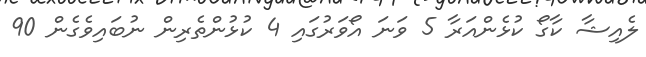
ލެއިޝާ ކާގޯ ކުޅެންއަރާ 5 ވަނަ އޯވަރުގައި 4 ކުޅުންތެރިން ނުބައިވެގެން 90